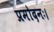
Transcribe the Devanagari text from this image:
प्रमोदनः।